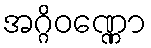
အဂ္ဂိဝဏ္ဏော